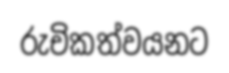
රුචිකත්වයනට